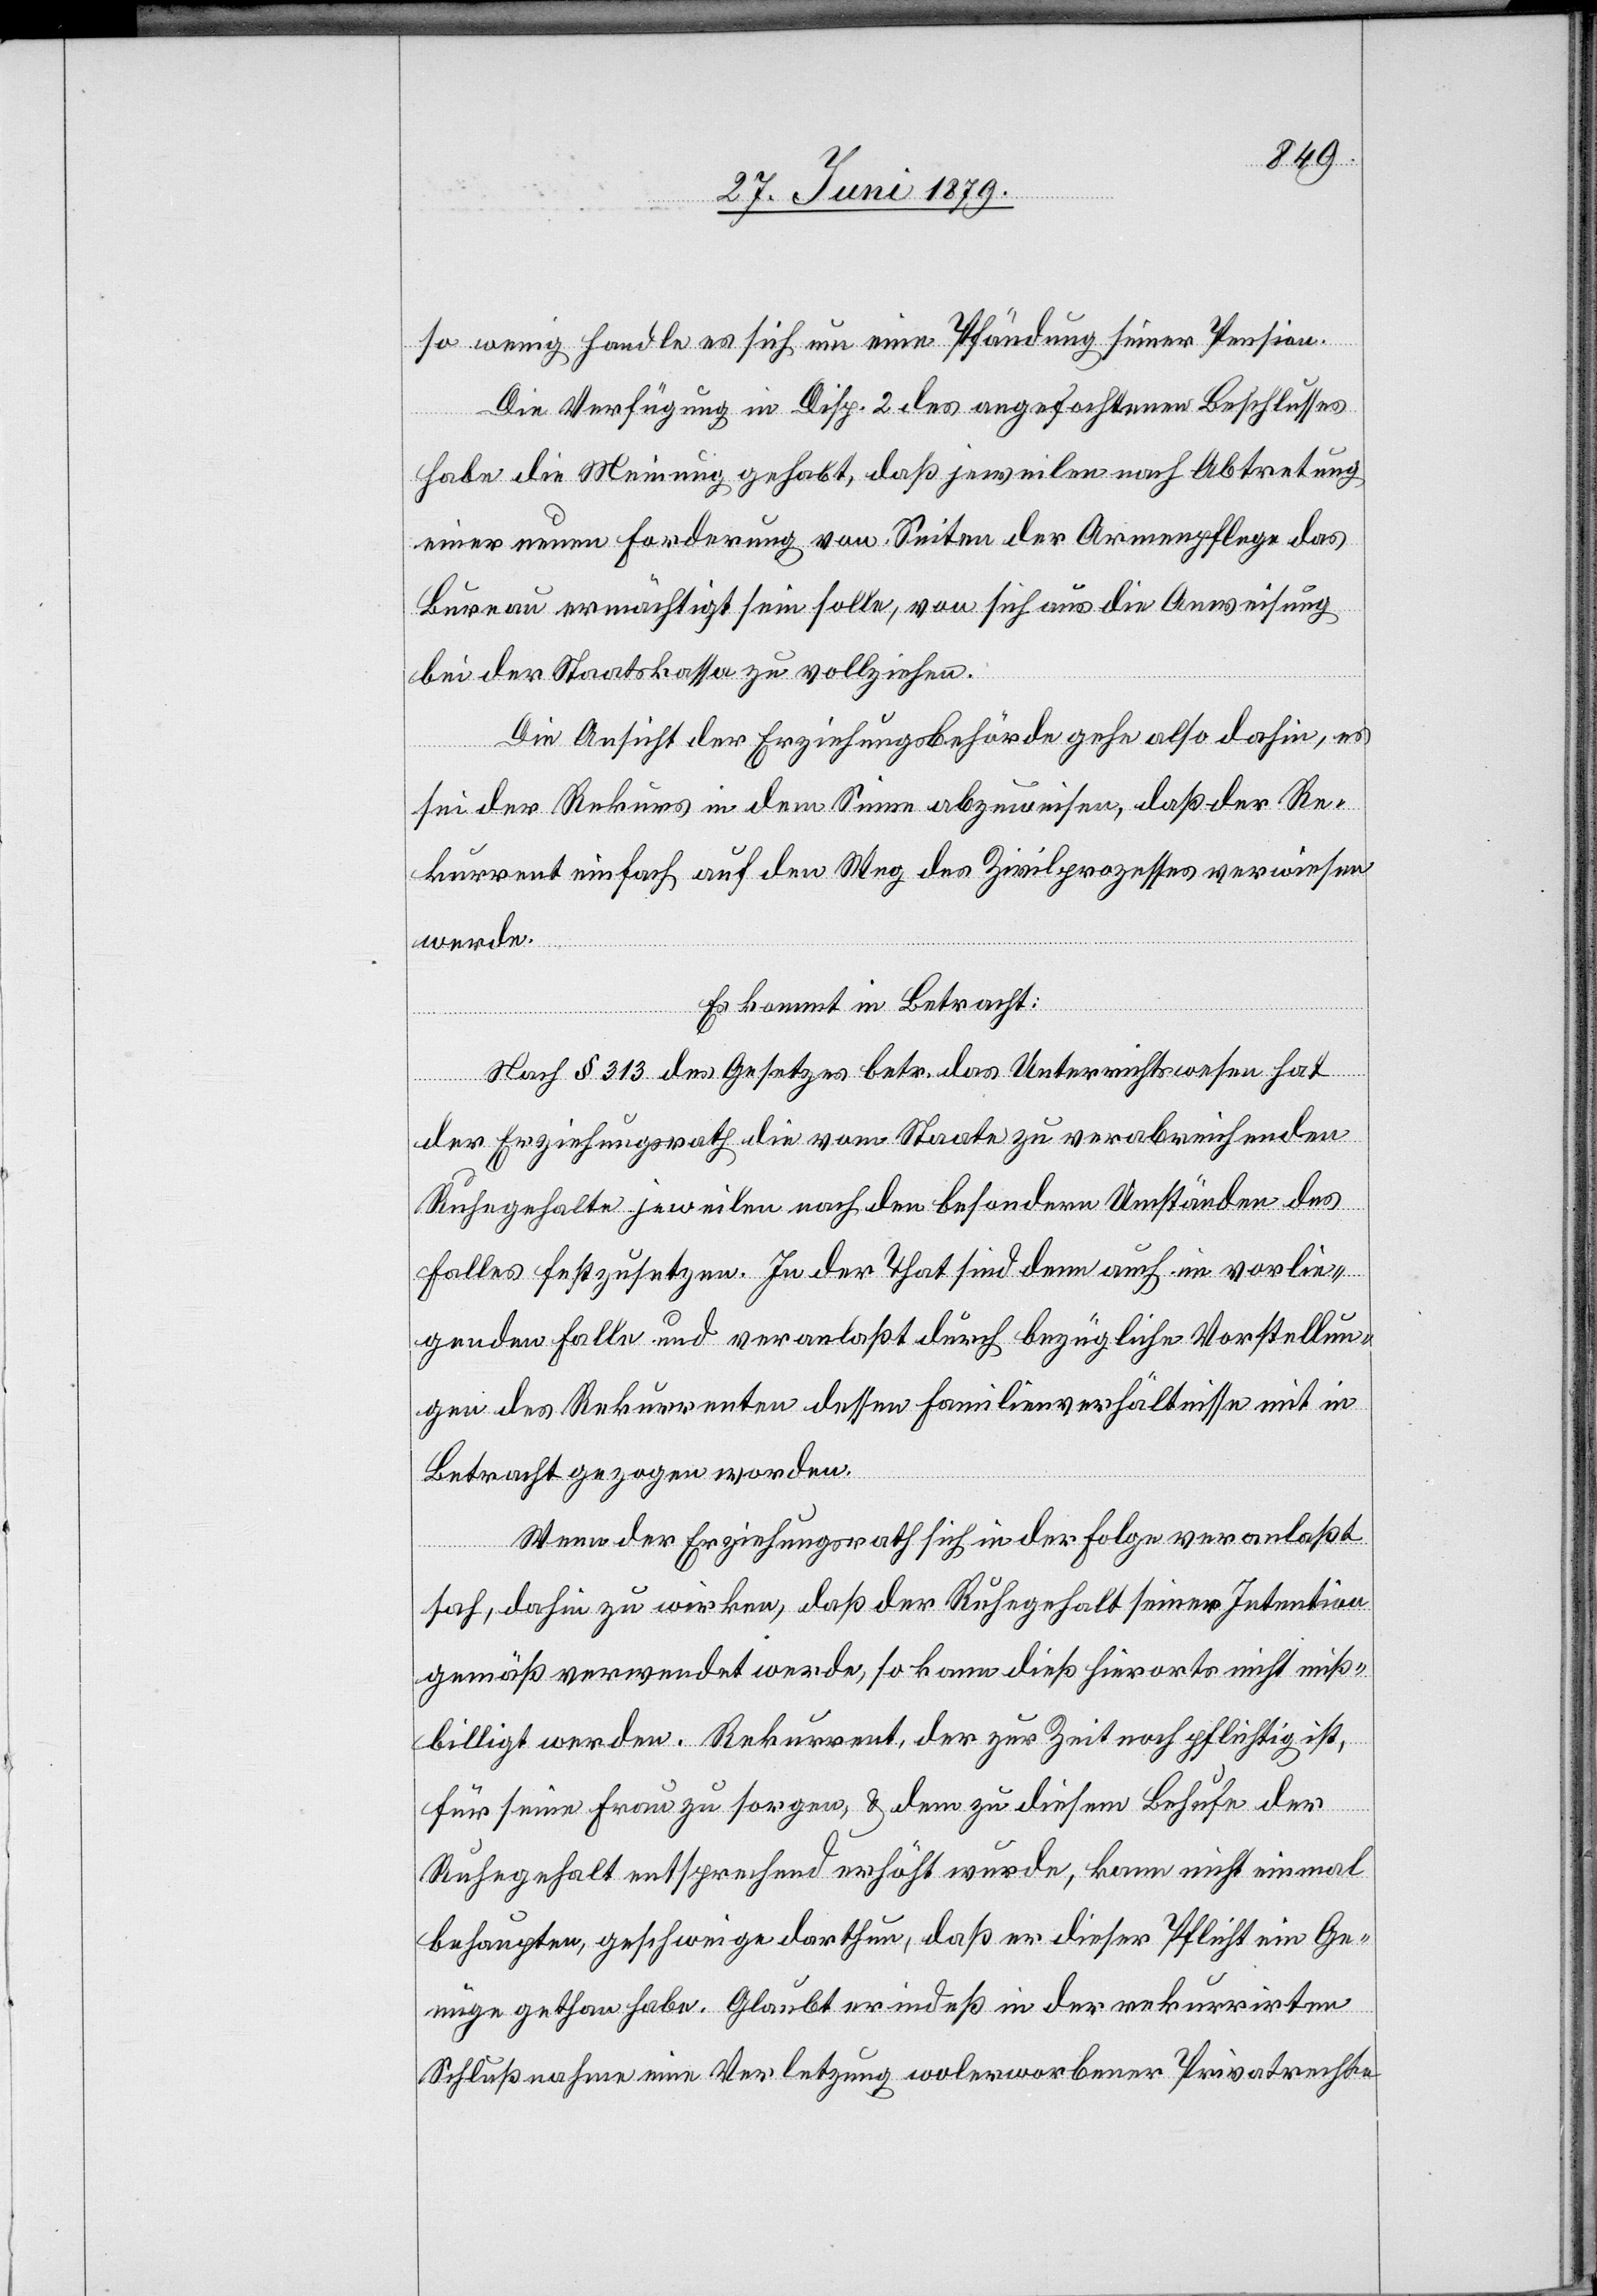
so wenig handle es sich um eine Pfändung seiner Pension.
Die Verfügung in Disp. 2 des angefochtenen Beschlusses
habe die Meinung gehabt, daß jeweilen nach Abtretung
einer neuen Forderung von Seiten der Armenpflege das
Bureau ermächtigt sein solle, von sich aus die Anweisung
bei der Staatskassa zu vollziehen.
Die Ansicht der Erziehungsbehörde gehe also dahin, es
sei der Rekurs in dem Sinne abzuweisen, daß der Re¬
kurrent einfach auf den Weg des Zivilprozesses verwiesen
werde.
Es kommt in Betracht:
Nach § 313 des Gesetzes betr. das Unterrichtswesen hat
der Erziehungsrath die vom Staate zu verabreichenden
Ruhegehalte jeweilen nach den besondern Umständen des
Falles festzusetzen. In der That sind denn auch im vorlie¬
genden Falle und veranlaßt durch bezügliche Vorstellun¬
gen des Rekurrenten dessen Familienverhältnisse mit in
Betracht gezogen worden.
Wenn der Erziehungsrath sich in der Folge veranlaßt
sah, dahin zu wirken, daß der Ruhegehalt seiner Intention
gemäß verwendet werde, so kann dieß hierorts nicht miß¬
billigt werden. Rekurrent, der zur Zeit noch pflichtig ist,
für seine Frau zu sorgen, & dem zu diesem Behufe der
Ruhegehalt entsprechend erhöht wurde, kann nicht einmal
behaupten, geschweige darthun, daß er dieser Pflicht ein Ge¬
nüge gethan habe. Glaubt er indeß in der rekurrirten
Schlußnahme eine Verletzung wolerworbener Privatrechte